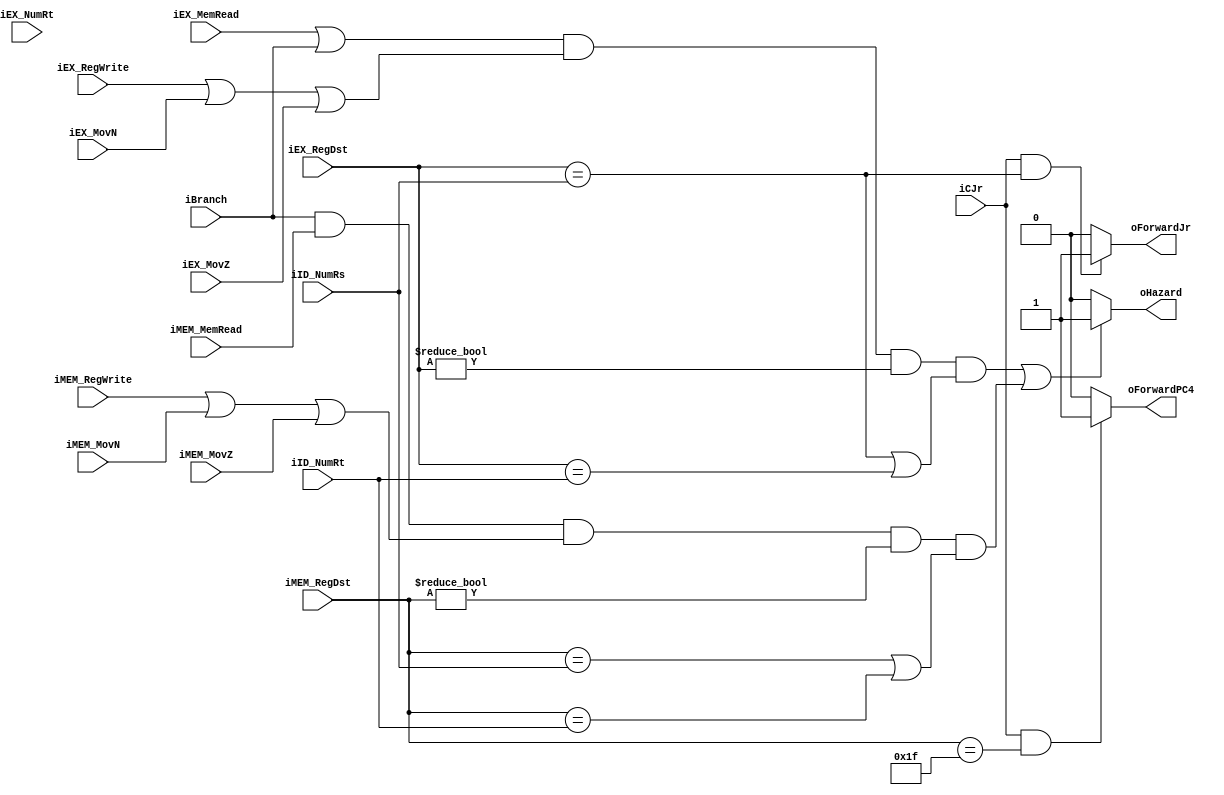
module HazardUnitM (
	iID_NumRs,
	iID_NumRt, 
	iEX_NumRt, 
	iEX_MemRead, // op == load?
	iEX_RegWrite,
	iCJr, // opcode == jr?
	iEX_RegDst,
	iMEM_MemRead,
	iMEM_RegDst,
	iMEM_RegWrite,
	iBranch, // op == beq || bne?
	iEX_MovN,
	iEX_MovZ,
	iMEM_MovN,
	iMEM_MovZ,
	oHazard,
	oForwardJr,
	oForwardPC4
);

	input wire [4:0] iID_NumRs, iID_NumRt, iEX_NumRt, iEX_RegDst, iMEM_RegDst;
	input wire iEX_MemRead, iEX_RegWrite, iMEM_MemRead, iMEM_RegWrite, iCJr, iBranch, iEX_MovN, iEX_MovZ, iMEM_MovN, iMEM_MovZ;
	output reg oHazard, oForwardJr, oForwardPC4;
	
	wire wEX_RegHazard  = (iEX_RegDst == iID_NumRs) || (iEX_RegDst == iID_NumRt);
	wire wMEM_RegHazard = (iMEM_RegDst == iID_NumRs) || (iMEM_RegDst == iID_NumRt);
	
	wire wEX_Hazard  = (iEX_MemRead || iBranch) && (iEX_RegWrite || iEX_MovN || iEX_MovZ) && (iEX_RegDst != 5'b0) && wEX_RegHazard;
	wire wMEM_Hazard = iBranch && iMEM_MemRead && (iMEM_RegWrite || iMEM_MovN || iMEM_MovZ) && (iMEM_RegDst != 5'b0) && wMEM_RegHazard;
	
	assign oHazard = (wEX_Hazard || wMEM_Hazard) ? 1'b1 : 1'b0;
	
	assign oForwardJr = ((iCJr) && (iEX_RegDst == iID_NumRs)) ? 1'b1 : 1'b0;
	
	assign oForwardPC4 = ((iCJr) && (iMEM_RegDst == 5'd31)) ? 1'b1 : 1'b0;
	
endmodule